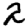
Digit: 2